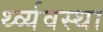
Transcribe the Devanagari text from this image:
र्थ्व्यवस्था